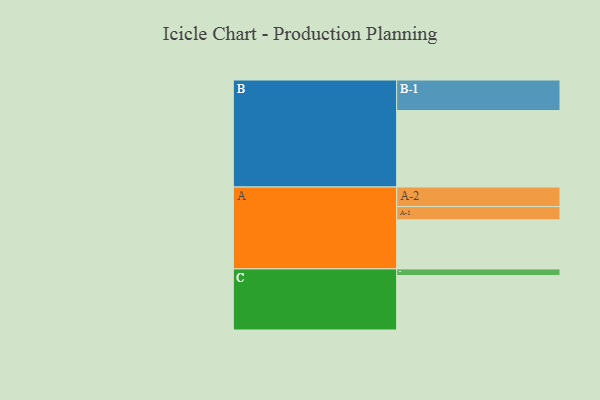
{"axis": {"x": "Segment", "y": "Value"}, "legend": ["", "A", "B", "C"], "data": [{"x": "A", "y": 377, "type": ""}, {"x": "B", "y": 587, "type": ""}, {"x": "C", "y": 418, "type": ""}, {"x": "A-1", "y": 102, "type": "A"}, {"x": "A-2", "y": 150, "type": "A"}, {"x": "B-1", "y": 235, "type": "B"}, {"x": "C-1", "y": 51, "type": "C"}]}